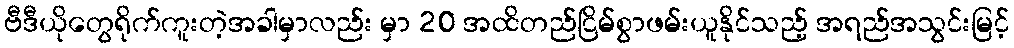
ဗီဒီယိုတွေရိုက်ကူးတဲ့အခါမှာလည်း မှာ 20 အထိတည်ငြိမ်စွာဖမ်းယူနိုင်သည့် အရည်အသွင်းမြင့်